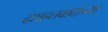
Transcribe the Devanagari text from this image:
दशहतवादाच्या